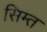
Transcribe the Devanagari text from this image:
सिम्त